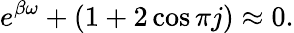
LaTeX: e^{\beta\omega}+(1+2\cos\pi j)\approx 0.